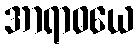
အာရာဓယေ